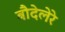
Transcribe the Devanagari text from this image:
बौदेलेरे